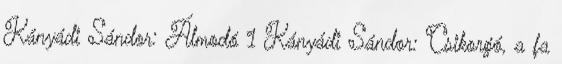
Kányádi Sándor: Álmodó 1 Kányádi Sándor: Csikorgó, a fa